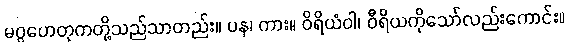
မဂ္ဂဟေတုကတို့သည်သာတည်း။ ပန၊ ကား။ ဝိရိယံဝါ၊ ဝီရိယကိုသော်လည်းကောင်း။